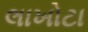
લાખોટા